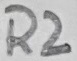
Text: R2